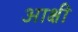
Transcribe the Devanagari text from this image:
आक्षी